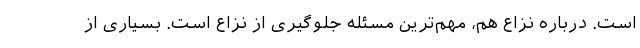
است. درباره نزاع هم، مهم‌ترین مسئله جلوگیری از نزاع است. بسیاری از